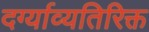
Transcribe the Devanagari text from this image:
दर्ग्याव्यतिरिक्त